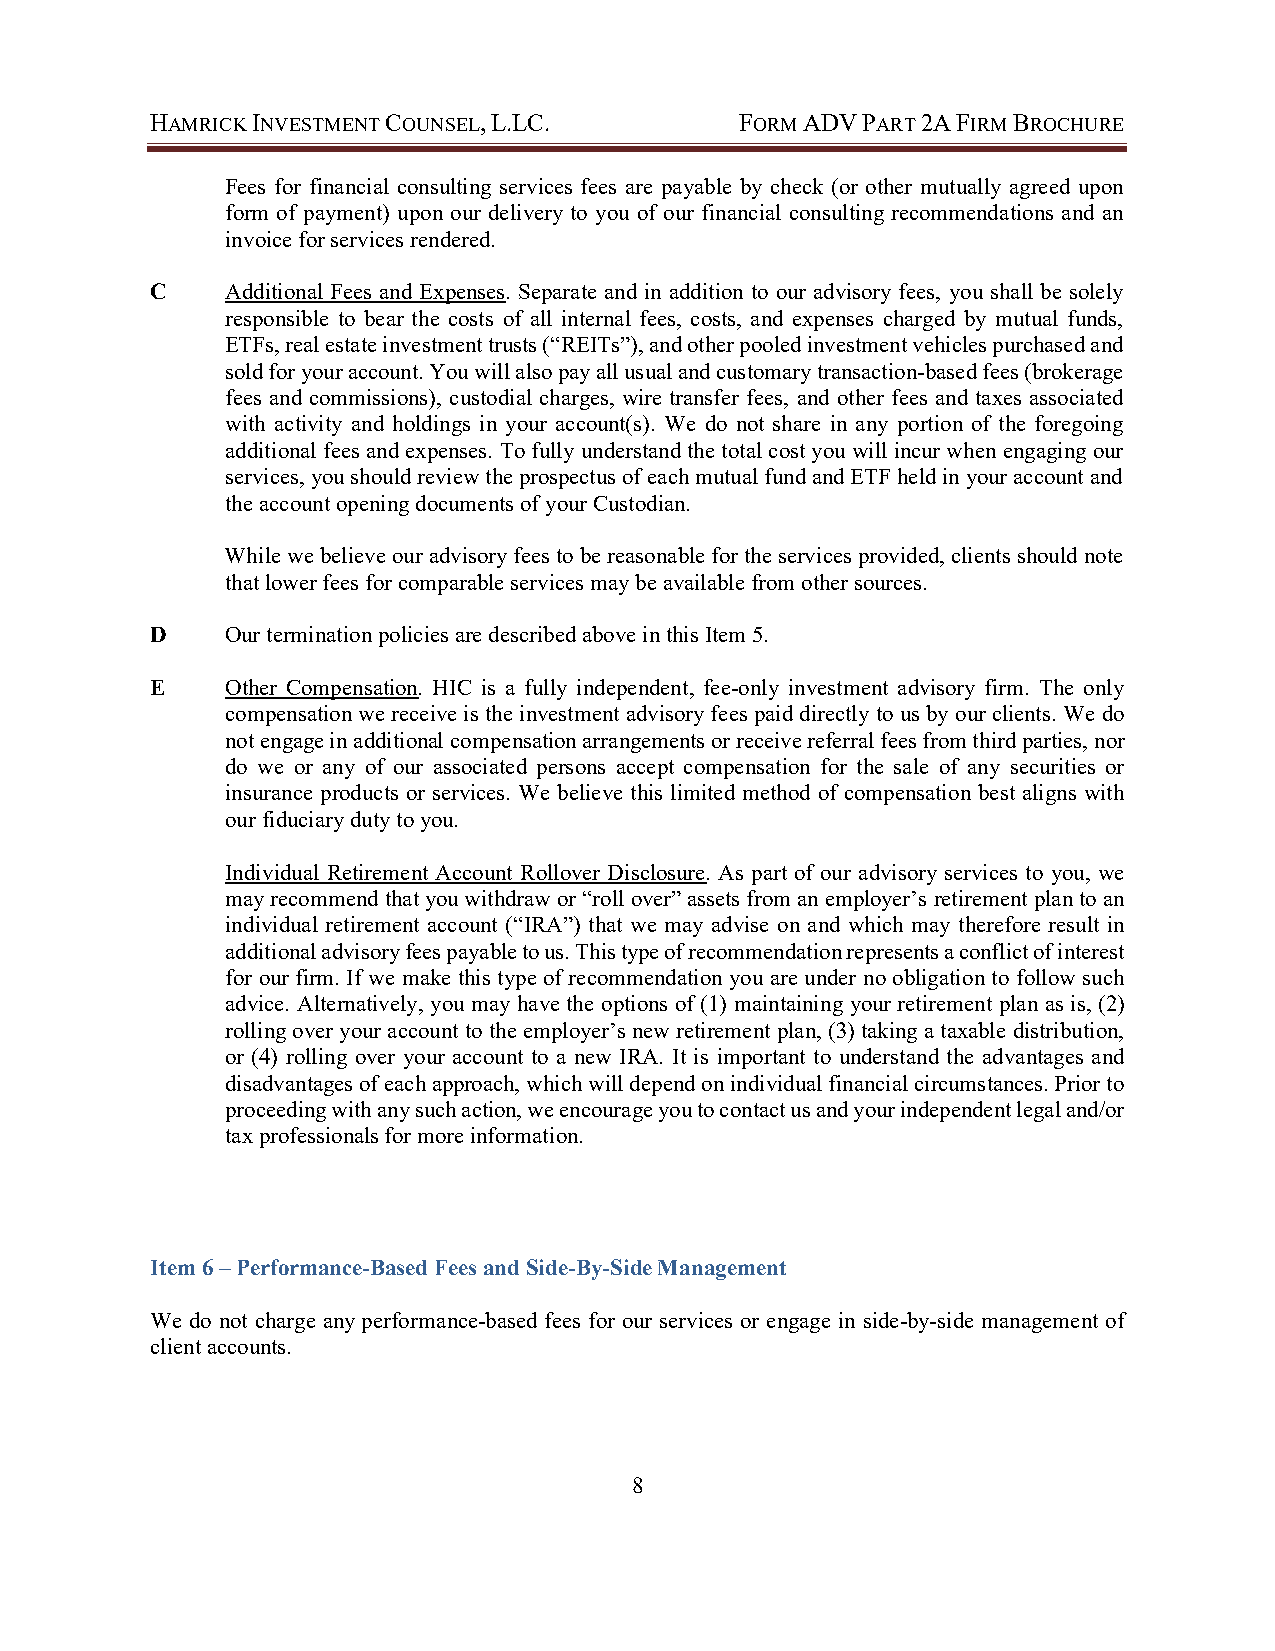
HAMRICK INVESTMENT COUNSEL, L.LC.      FORM ADV PART 2A FIRM BROCHURE
 Fees for financial consulting services fees are payable by check (or other mutually agreed upon
 form of payment) upon our delivery to you of our financial consulting recommendations and an
 invoice for services rendered.
 C    Additional Fees and Expenses. Separate and in addition to our advisory fees, you shall be solely
 responsible to bear the costs of all internal fees, costs, and expenses charged by mutual funds,
 ETFs, real estate investment trusts (“REITs”), and other pooled investment vehicles purchased and
 sold for your account. You will also pay all usual and customary transaction-based fees (brokerage
 fees and commissions), custodial charges, wire transfer fees, and other fees and taxes associated
 with activity and holdings in your account(s). We do not share in any portion of the foregoing
 additional fees and expenses. To fully understand the total cost you will incur when engaging our
 services, you should review the prospectus of each mutual fund and ETF held in your account and
 the account opening documents of your Custodian.
 While we believe our advisory fees to be reasonable for the services provided, clients should note
 that lower fees for comparable services may be available from other sources.
 D    Our termination policies are described above in this Item 5.
 E    Other Compensation. HIC is a fully independent, fee-only investment advisory firm. The only
 compensation we receive is the investment advisory fees paid directly to us by our clients. We do
 not engage in additional compensation arrangements or receive referral fees from third parties, nor
 do we or any of our associated persons accept compensation for the sale of any securities or
 insurance products or services. We believe this limited method of compensation best aligns with
 our fiduciary duty to you.
 Individual Retirement Account Rollover Disclosure. As part of our advisory services to you, we
 may recommend that you withdraw or “roll over” assets from an employer’s retirement plan to an
 individual retirement account (“IRA”) that we may advise on and which may therefore result in
 additional advisory fees payable to us. This type of recommendation represents a conflict of interest
 for our firm. If we make this type of recommendation you are under no obligation to follow such
 advice. Alternatively, you may have the options of (1) maintaining your retirement plan as is, (2)
 rolling over your account to the employer’s new retirement plan, (3) taking a taxable distribution,
 or (4) rolling over your account to a new IRA. It is important to understand the advantages and
 disadvantages of each approach, which will depend on individual financial circumstances. Prior to
 proceeding with any such action, we encourage you to contact us and your independent legal and/or
 tax professionals for more information.
 Item 6 – Performance-Based Fees and Side-By-Side Management
 We do not charge any performance-based fees for our services or engage in side-by-side management of
 client accounts.
 8